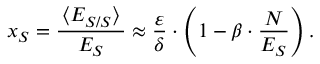
\quad \: x _ { S } = \frac { \, \left< E _ { S / S } \right> \, } { E _ { S } } \approx \frac { \varepsilon } { \delta } \cdot \left( 1 - \beta \cdot \frac { N } { E _ { S } } \right) .